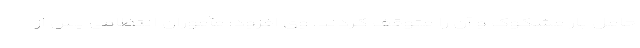
حامل بار مشکوک و آن را متوقف کردند. وی افزود: مأموران انتظامی پس از